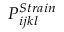
P _ { i j k l } ^ { S t r a i n }